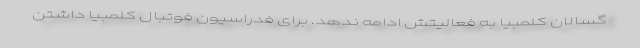
گسالان کلمبیا به فعالیتش ادامه ندهد. برای فدراسیون فوتبال کلمبیا داشتن